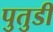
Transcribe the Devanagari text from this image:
पुतुडी